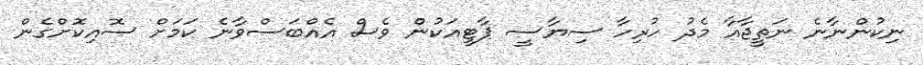
ނިކުންނާނެ ނަތީޖާއާ މެދު ހުރިހާ ސިޔާސީ ޕާޓީއަކުން ވެސް އެއްބަސްވާނެ ކަަމަށް ސޮއިކޮށްގެން